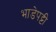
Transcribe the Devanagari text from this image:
भाडेपट्टी